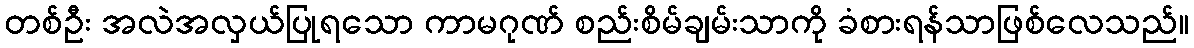
တစ်ဦး အလဲအလှယ်ပြုရသော ကာမဂုဏ် စည်းစိမ်ချမ်းသာကို ခံစားရန်သာဖြစ်လေသည်။